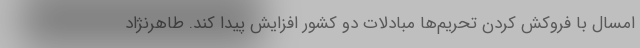
امسال با فروکش کردن تحریم‌ها مبادلات دو کشور افزایش پیدا کند. طاهرنژاد